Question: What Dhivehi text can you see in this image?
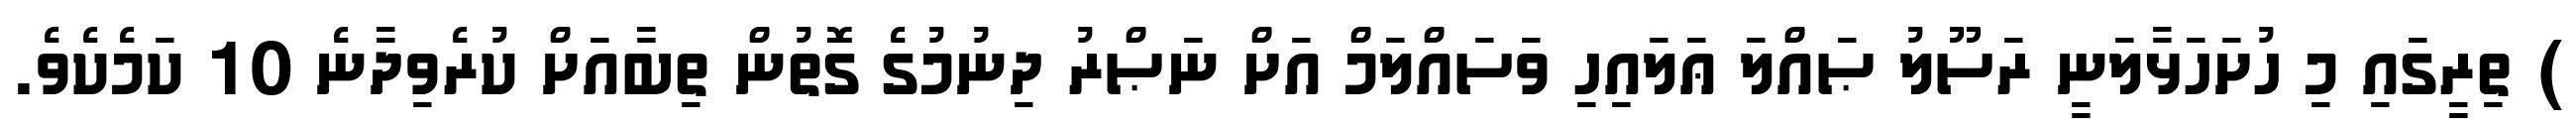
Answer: ) ތިރީގައި މި ހުށަހަޅާލަނީ ރަސޫލު ޞައްލަ ޢަލައިހި ވަސައްލަމް އަށް ނަޞްރު ދިނުމުގެ ގޮތުން ތިބާއަށް ކުރެވިދާނެ 10 ކަމެކެވެ.